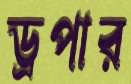
ড্রপার